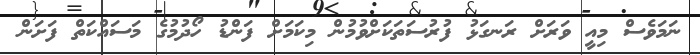
ނަމަވެސް މިއީ ވަރަށް ރަނގަޅު ފުރުސަތަކަށްވުމުން މިކަމަށް ފަންޑު ހޯދުމުގެ މަސައްކަތް ފަށަން